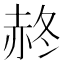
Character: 𧹝